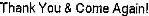
THANK YOU & COME AGAIN!